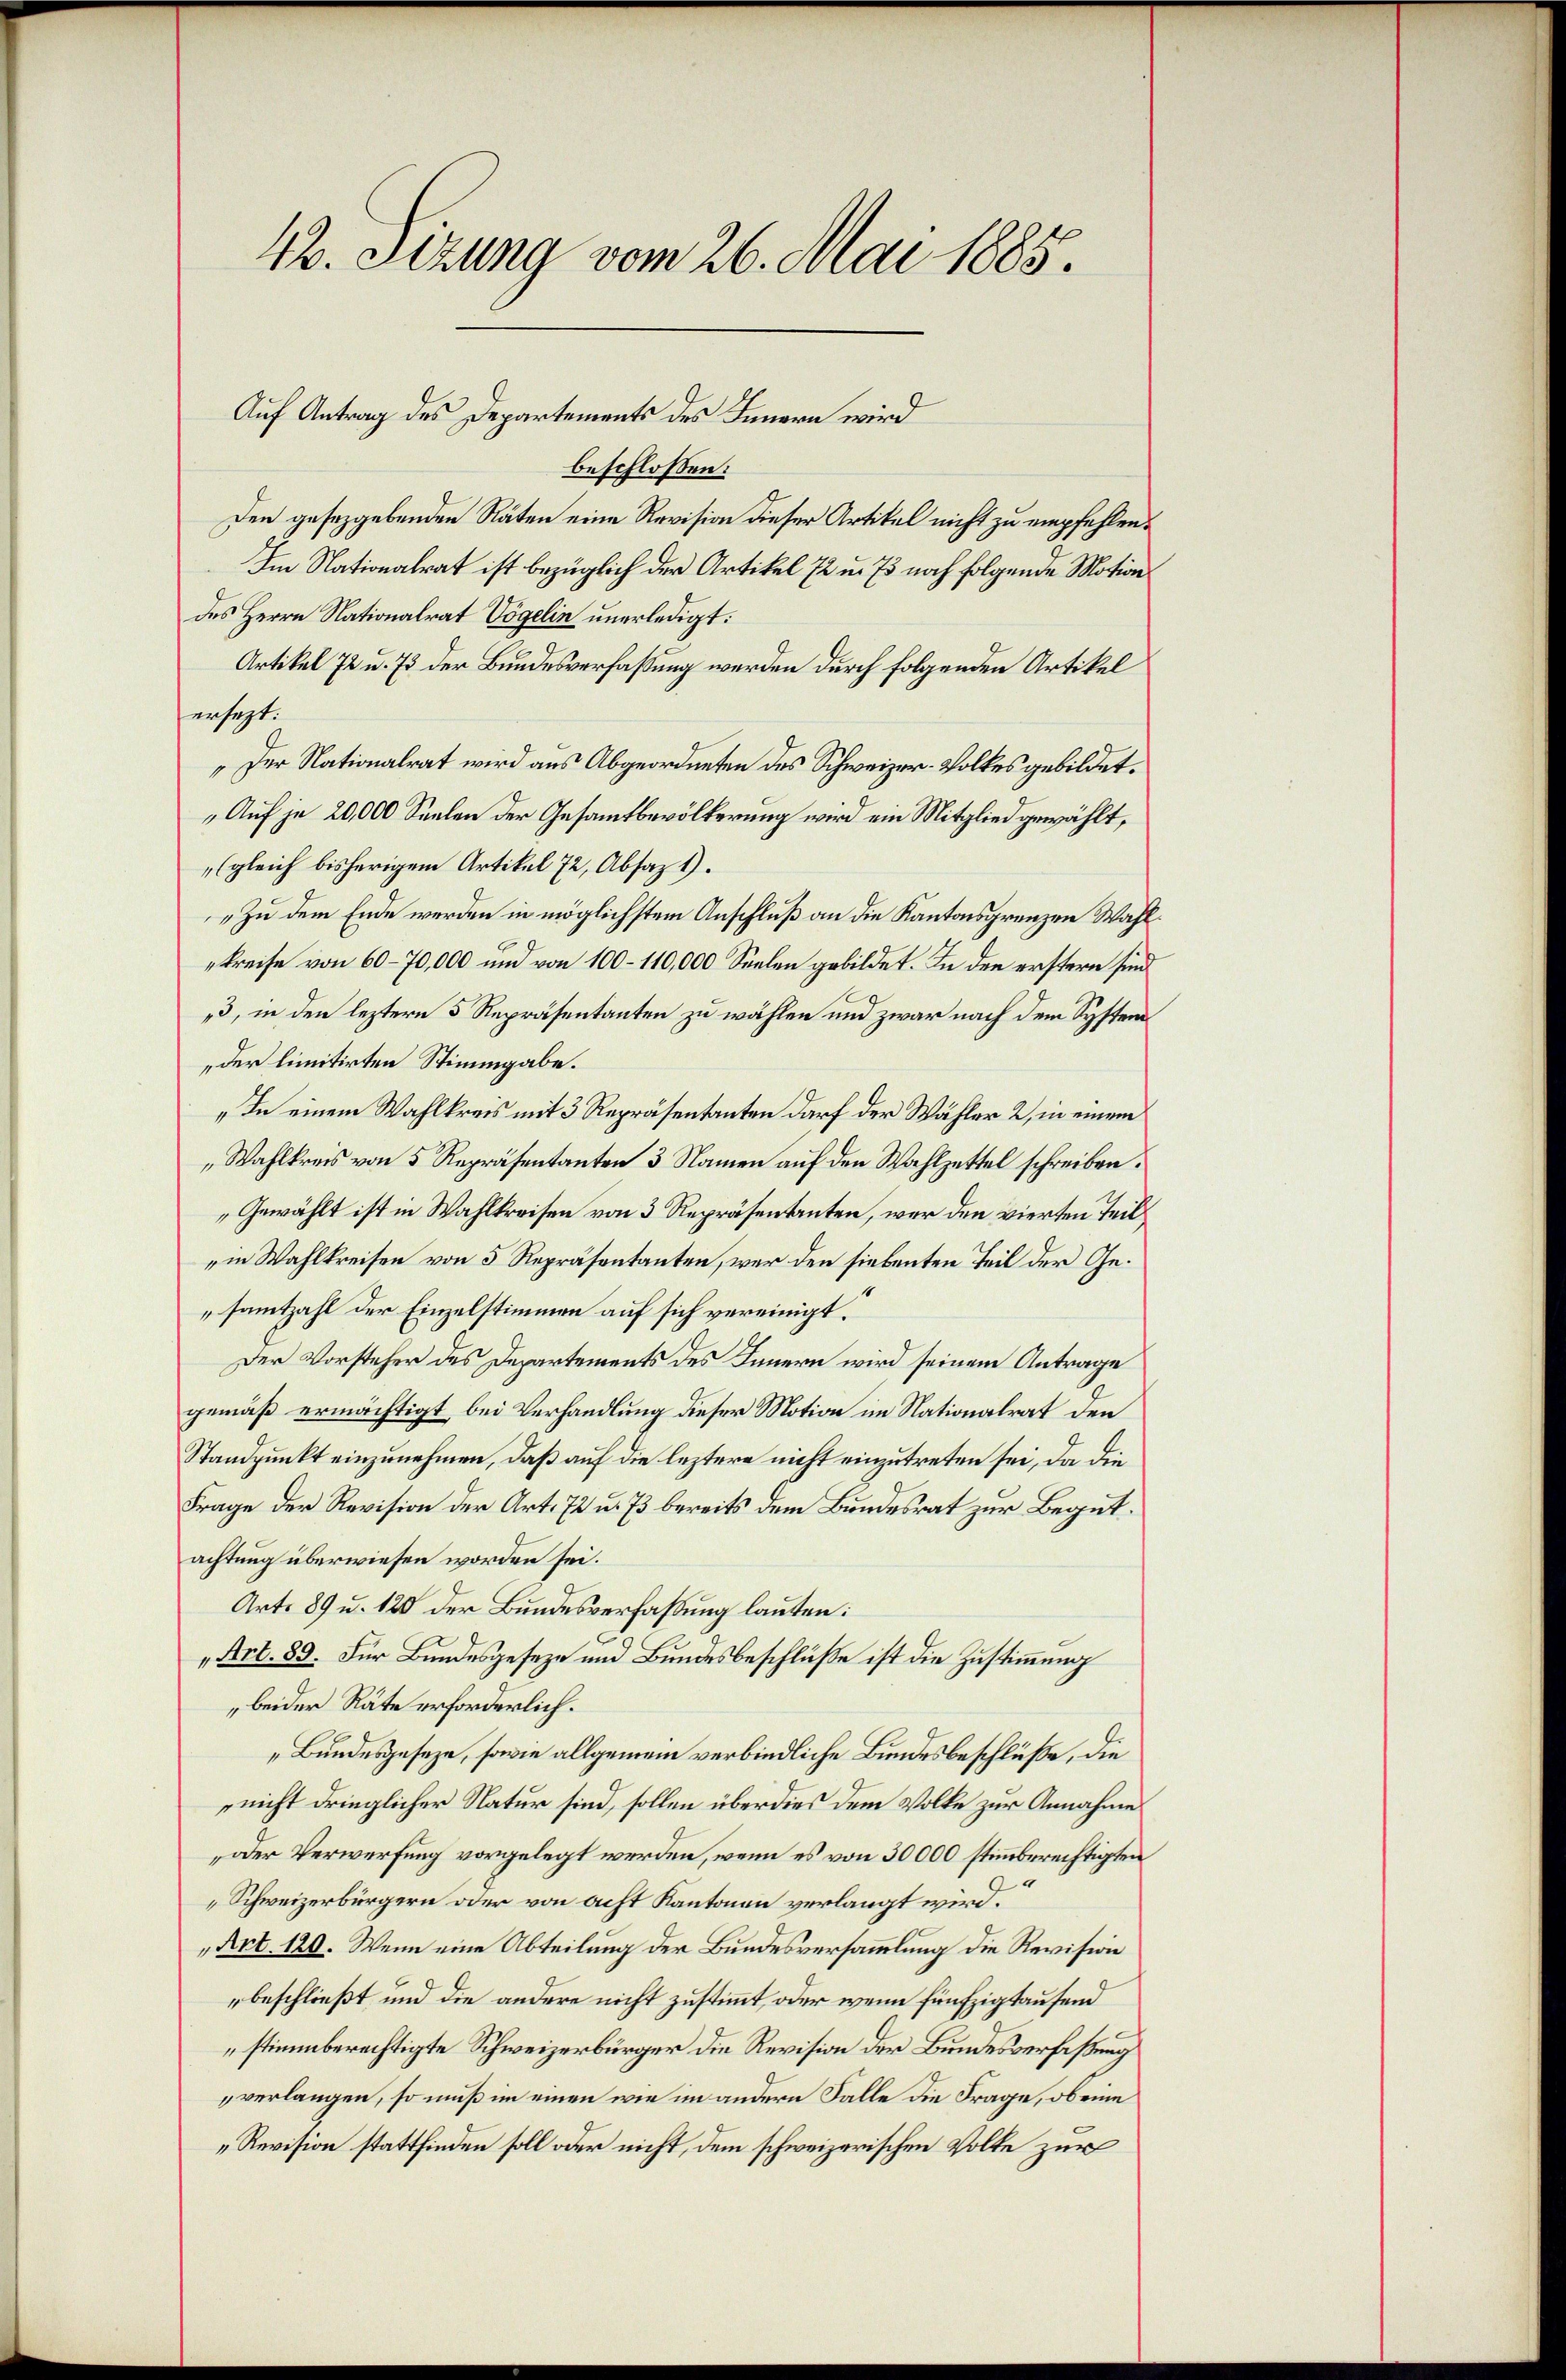
42. Sizung vom 26. Mai 1885.

Auf Antrag des Departements des Innern wird

beschlossen:
den gesetzgebenden Räten eine Revision dieser Artikel nicht zu empfehlen.
Im Nationalrat ist bezüglich der Artikel 72 u. 73 noch folgende Motion
des Herrn Nationalrat Vögelin unerledigt:
Artikel 72 u. 73 der Bundesverfaßung werden durch folgenden Artikel
ersezt.
„Der Nationalrat wird aus Abgeordneten des Schweizer-Volkes gebildet.
„Auf je 20,000 Seelen der Gesamtbevölkerung wird ein Mitglied gewählt,
(gleich bisherigem Artikel 72, Absaz 1).
„Zu dem Ende werden in möglichstem Anschluß an die Kantonsgrenzen Wahlkreise von 60–70,000 und von 100 - 110,000 Seelen gebildet. In den erstern sind
3, in den leztern 5 Repräsentanten zu wählen und zwar nach dem System
der limitirten Stimmgabe.
„In einem Wahlkreis mit 3 Repräsentanten darf der Wähler 2, in einem
„Wahlkreis von 5 Repräsentanten 3 Namen auf den Wahlzettel schreiben.
Gewählt ist in Wahlkreisen von 3 Repräsentanten, wer den vierten Teil
in Wahlkreisen von 5 Repräsentanten, wer den siebenten Teil der Gesammtzahl der Einzelstimmen auf sich vereinigt.
Der Vorsteher des Departements des Innern wird seinem Antrage
gemäß ermächtigt bei Verhandlung dieser Motion im Nationalrat den
Standpunkt einzunehmen, daß auf die leztere nicht einzutreten sei, da die
Frage der Revision der Art. 72 u. 73 bereits dem Bundesrat zur Begutachtung überwiesen worden sei.
Art. 89 u. 120 der Bundesverfaßung lauten:
„Art. 89. Für Bundesgeseze und Bundesbeschlüße ist die Zustimmung
beider Räte erforderlich.
„Bundesgeseze, sowie allgemein verbindliche Bundesbeschlüße, die
nicht dringlicher Natur sind, sollen überdies dem Volke zur Annahme
oder Verwerfung vorgelegt werden, wenn es von 30000 stimmberechtigten
e
Schweizerbürgern oder von acht Kantonen verlangt wird.
„Art. 120. Wenn eine Abteilung der Bundesversammlung die Revision
beschließt und die andere nicht zustimmt, oder wenn fünfzigtaufend
stimmberechtigte Schweizerbürger die Revision der Bundesverfaßung
verlangen, so muß im einen wie im andern Falle die Frage, ob eine
„Revision stattfinden soll oder nicht, dem schweizerischen Volke zur